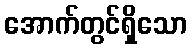
အောက်တွင်ရှိသော